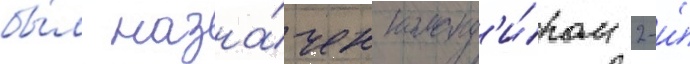
бы́л назна́чен команд'и́ром 2-и́